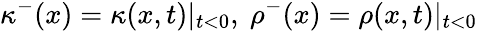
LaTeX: \kappa^{-}(x)=\kappa(x,t)|_{t<0},~\rho^{-}(x)=\rho(x,t)|_{t<0}